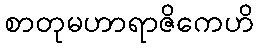
စာတုမဟာရာဇိကေဟိ